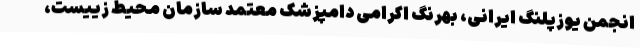
انجمن یوزپلنگ ایرانی، بهرنگ اکرامی دامپزشک معتمد سازمان محیط زییست،